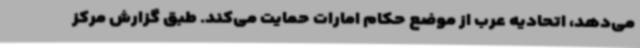
می‌دهد، اتحادیه عرب از موضع حکام امارات حمایت می‌کند. طبق گزارش مرکز